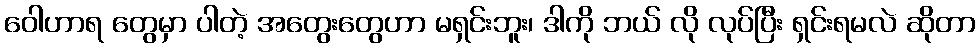
ဝေါဟာရ တွေမှာ ပါတဲ့ အတွေးတွေဟာ မရှင်းဘူး၊ ဒါကို ဘယ် လို လုပ်ပြီး ရှင်းရမလဲ ဆိုတာ